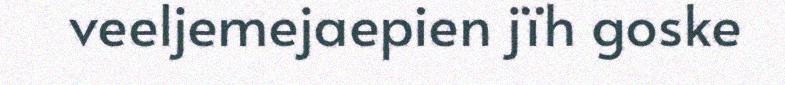
veeljemejaepien jïh goske